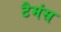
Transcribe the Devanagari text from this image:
टैमंस